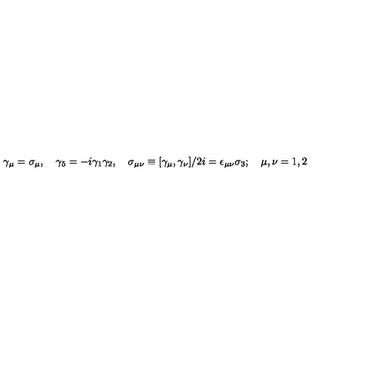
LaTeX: \gamma _ { \mu } = \sigma _ { \mu } , \quad \gamma _ { 5 } = - i \gamma _ { 1 } \gamma _ { 2 } , \quad \sigma _ { \mu \nu } \equiv [ \gamma _ { \mu } , \gamma _ { \nu } ] / 2 i = \epsilon _ { \mu \nu } \sigma _ { 3 } ; \quad \mu , \nu = 1 , 2